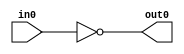
module NOT (
        input wire in0,
        output wire out0
        );
        assign out0 = ~in0;
    
endmodule